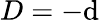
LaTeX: D=-\mathrm{d}